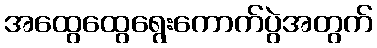
အထွေထွေရွေးကောက်ပွဲအတွက်